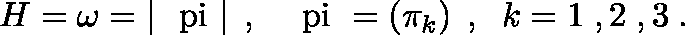
H = \omega = \left| \mathrm { \boldmath ~ \ p i ~ } \right| \; , \; \; \mathrm { \boldmath ~ \ p i ~ } = \left( \pi _ { k } \right) \; , \; \; k = 1 \; , 2 \; , 3 \; .